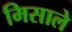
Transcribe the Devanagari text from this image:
मिसाले